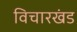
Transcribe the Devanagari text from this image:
विचारखंड